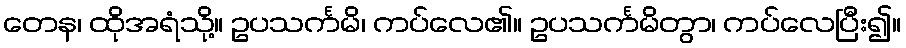
တေန၊ ထိုအရံသို့။ ဥပသင်္ကမိ၊ ကပ်လေ၏။ ဥပသင်္ကမိတွာ၊ ကပ်လေပြီး၍။